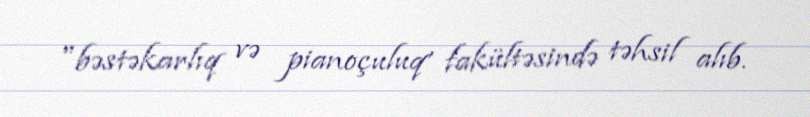
"bəstəkarlıq və pianoçuluq' fakültəsində təhsil alıb.